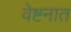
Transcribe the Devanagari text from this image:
वेष्टनात